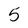
Character: 5